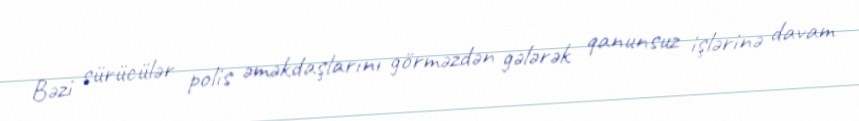
Bəzi sürücülər polis əməkdaşlarını görməzdən gələrək qanunsuz işlərinə davam